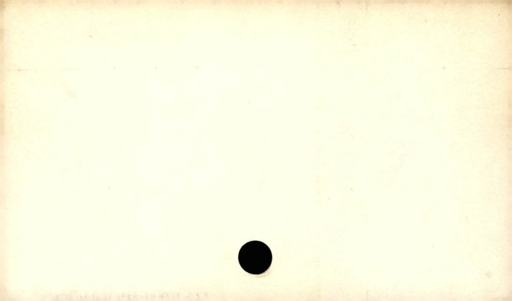
Label: blank